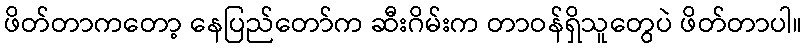
ဖိတ်တာကတော့ နေပြည်တော်က ဆီးဂိမ်းက တာဝန်ရှိသူတွေပဲ ဖိတ်တာပါ။